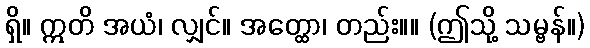
ရှိ။ ဣတိ အယံ၊ လျှင်။ အတ္ထော၊ တည်း။။ (ဤသို့ သမ္ဗန်။)